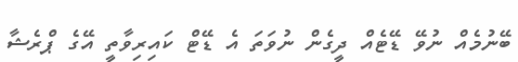
ބޭނުމެއް ނުވޭ ޑޭޓެއް ދީގެން ނުވަތަ އެ ޑޭޓް ކައިރިވާތީ އޭގެ ޕްރެޝާ